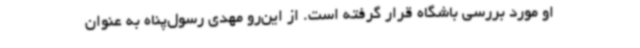
او مورد بررسی باشگاه قرار گرفته است. از این‌رو مهدی رسول‌پناه به عنوان